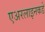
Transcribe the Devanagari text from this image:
एअरलाइनकडे